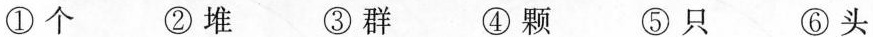
①个 ②堆 ③群 ④颗 ⑤只 ⑥头